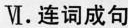
Ⅵ.连词成句